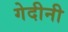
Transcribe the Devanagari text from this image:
गेदीनी